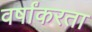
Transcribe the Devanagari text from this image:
वर्षांकरता